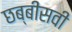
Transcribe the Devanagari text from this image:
छब्बीसवी